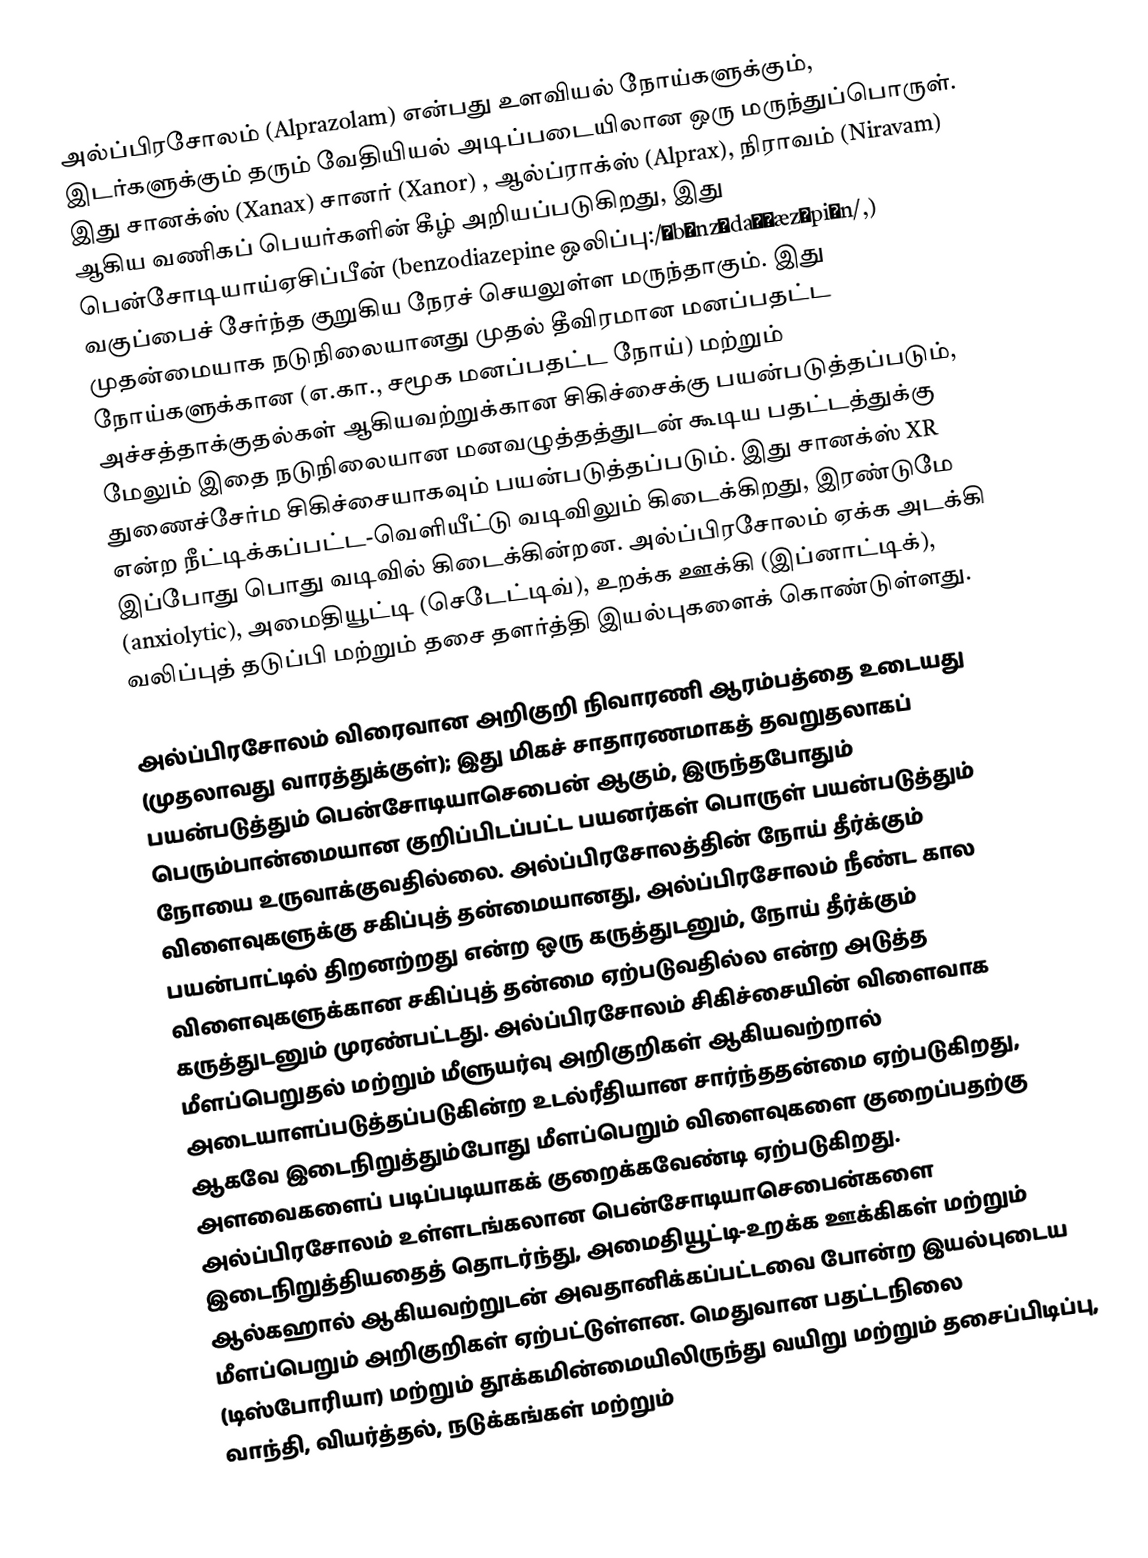
அல்ப்பிரசோலம்  (Alprazolam)  என்பது உளவியல் நோய்களுக்கும், இடர்களுக்கும் தரும் வேதியியல் அடிப்படையிலான ஒரு மருந்துப்பொருள். இது சானக்ஸ்  (Xanax)  சானர் (Xanor) , ஆல்ப்ராக்ஸ் (Alprax), நிராவம் (Niravam) ஆகிய வணிகப் பெயர்களின் கீழ் அறியப்படுகிறது, இது பென்சோடியாய்ஏசிப்பீன் (benzodiazepine ஒலிப்பு:/ˌbɛnzɵdaɪˈæzɨpiːn/,) வகுப்பைச் சேர்ந்த குறுகிய நேரச் செயலுள்ள மருந்தாகும். இது முதன்மையாக நடுநிலையானது முதல் தீவிரமான மனப்பதட்ட நோய்களுக்கான (எ.கா., சமூக மனப்பதட்ட நோய்) மற்றும் அச்சத்தாக்குதல்கள் ஆகியவற்றுக்கான சிகிச்சைக்கு பயன்படுத்தப்படும், மேலும் இதை நடுநிலையான மனவழுத்தத்துடன் கூடிய பதட்டத்துக்கு துணைச்சேர்ம சிகிச்சையாகவும் பயன்படுத்தப்படும். இது சானக்ஸ் XR  என்ற நீட்டிக்கப்பட்ட-வெளியீட்டு வடிவிலும் கிடைக்கிறது, இரண்டுமே இப்போது பொது வடிவில் கிடைக்கின்றன. அல்ப்பிரசோலம் ஏக்க அடக்கி (anxiolytic), அமைதியூட்டி (செடேட்டிவ்), உறக்க ஊக்கி (இப்னாட்டிக்), வலிப்புத் தடுப்பி மற்றும் தசை தளர்த்தி இயல்புகளைக் கொண்டுள்ளது.

அல்ப்பிரசோலம் விரைவான அறிகுறி நிவாரணி ஆரம்பத்தை உடையது (முதலாவது வாரத்துக்குள்); இது மிகச் சாதாரணமாகத் தவறுதலாகப் பயன்படுத்தும் பென்சோடியாசெபைன் ஆகும், இருந்தபோதும் பெரும்பான்மையான குறிப்பிடப்பட்ட பயனர்கள் பொருள் பயன்படுத்தும் நோயை உருவாக்குவதில்லை. அல்ப்பிரசோலத்தின் நோய் தீர்க்கும் விளைவுகளுக்கு சகிப்புத் தன்மையானது, அல்ப்பிரசோலம் நீண்ட கால பயன்பாட்டில் திறனற்றது என்ற ஒரு கருத்துடனும், நோய் தீர்க்கும் விளைவுகளுக்கான சகிப்புத் தன்மை ஏற்படுவதில்ல என்ற அடுத்த கருத்துடனும் முரண்பட்டது. அல்ப்பிரசோலம் சிகிச்சையின் விளைவாக மீளப்பெறுதல் மற்றும் மீளுயர்வு அறிகுறிகள் ஆகியவற்றால் அடையாளப்படுத்தப்படுகின்ற உடல்ரீதியான சார்ந்ததன்மை ஏற்படுகிறது, ஆகவே இடைநிறுத்தும்போது மீளப்பெறும் விளைவுகளை குறைப்பதற்கு அளவைகளைப் படிப்படியாகக் குறைக்கவேண்டி ஏற்படுகிறது. அல்ப்பிரசோலம் உள்ளடங்கலான பென்சோடியாசெபைன்களை இடைநிறுத்தியதைத் தொடர்ந்து, அமைதியூட்டி-உறக்க ஊக்கிகள் மற்றும் ஆல்கஹால் ஆகியவற்றுடன் அவதானிக்கப்பட்டவை போன்ற இயல்புடைய மீளப்பெறும் அறிகுறிகள் ஏற்பட்டுள்ளன. மெதுவான பதட்டநிலை (டிஸ்போரியா) மற்றும் தூக்கமின்மையிலிருந்து வயிறு மற்றும் தசைப்பிடிப்பு, வாந்தி, வியர்த்தல், நடுக்கங்கள் மற்றும்